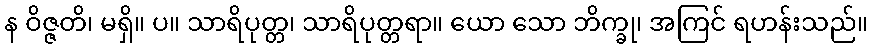
န ဝိဇ္ဇတိ၊ မရှိ။ ပ။ သာရိပုတ္တ၊ သာရိပုတ္တရာ။ ယော သော ဘိက္ခု၊ အကြင် ရဟန်းသည်။